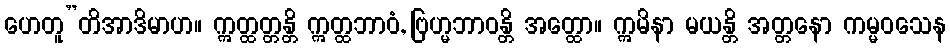
ဟေတူ”တိအာဒိမာဟ။ ဣတ္ထတ္တန္တိ ဣတ္ထဘာဝံ, ဗြဟ္မဘာဝန္တိ အတ္ထော။ ဣမိနာ မယန္တိ အတ္တနော ကမ္မဝသေန